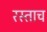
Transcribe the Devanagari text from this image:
रस्ताच